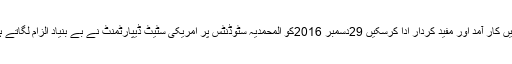
تاکہ وہ معاشرے میں کار آمد اور مفید کردار ادا کرسکیں 29دسمبر 2016کو المحمدیہ سٹوڈنٹس پر امریکی سٹیٹ ڈیپارٹمنٹ نے بے بنیاد الزام لگاتے ہوئے پابندی لگادی۔